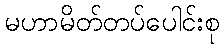
မဟာမိတ်တပ်ပေါင်းစု